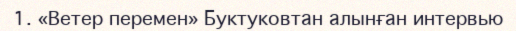
1. «Ветер перемен» Буктуковтан алынған интервью